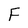
Character: F